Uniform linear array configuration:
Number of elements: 12
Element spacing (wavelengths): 1
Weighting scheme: hann
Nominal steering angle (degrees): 0
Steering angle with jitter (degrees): -1.475
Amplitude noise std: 0.05
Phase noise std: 0.05

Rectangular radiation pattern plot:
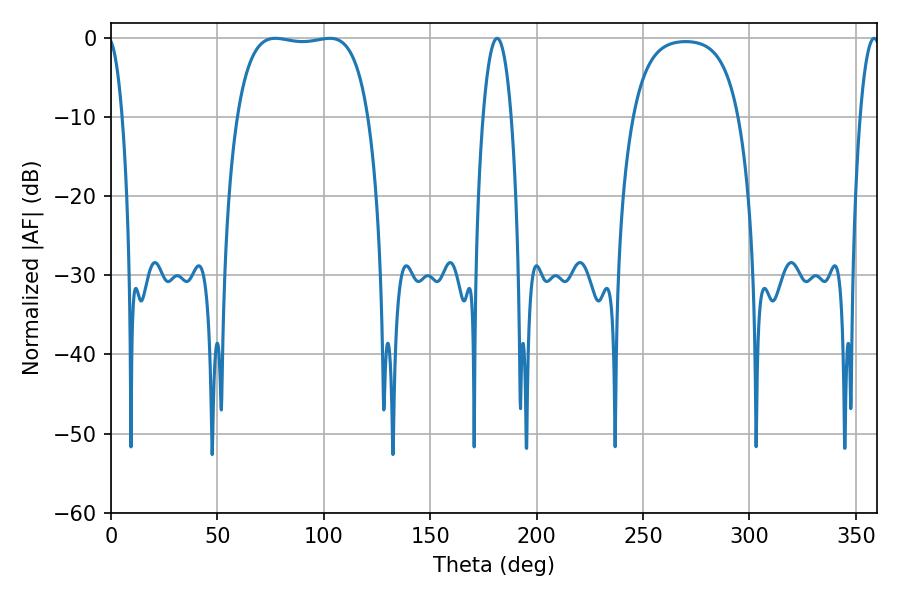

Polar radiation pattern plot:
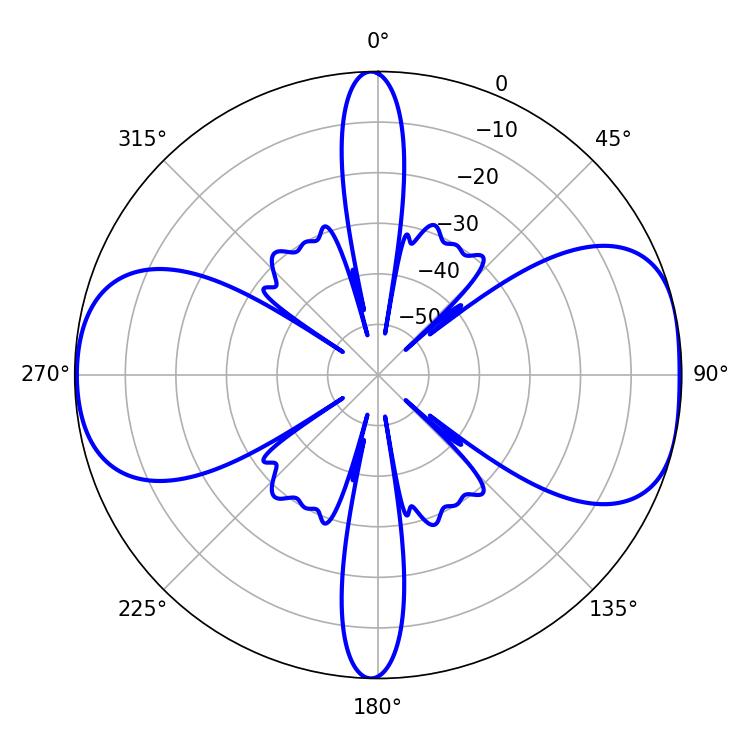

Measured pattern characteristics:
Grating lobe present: TRUE
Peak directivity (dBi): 8.689
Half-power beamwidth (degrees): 48.96
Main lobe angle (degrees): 77.22